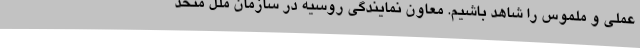
عملی و ملموس را شاهد باشیم. معاون نمایندگی روسیه در سازمان ملل متحد